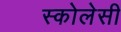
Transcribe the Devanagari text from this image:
स्कोलेसी